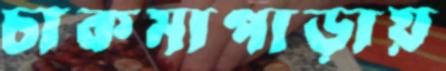
চাকমাপাড়ায়